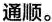
通顺。